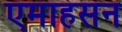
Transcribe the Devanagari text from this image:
एमाहसन